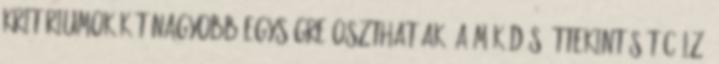
kritériumok két nagyobb egységre oszthatóak, a működés áttekintését célzó